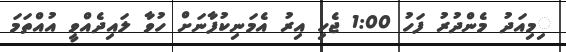
ިމިއަދު މެންދުރު ފަހު 1:00 ޖެހި އިރު އެމަނިކުފާނަށް ހުވާ ލައިދެއްވީ އުއްތަމަ